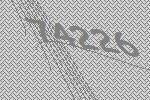
74226